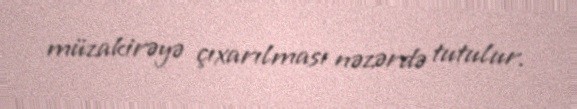
müzakirəyə çıxarılması nəzərdə tutulur.